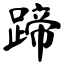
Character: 蹄